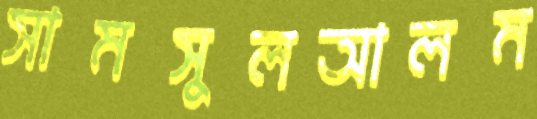
সামসুলআলম